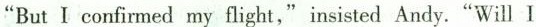
"But I confirmed my flight,"insisted Andy."Will l